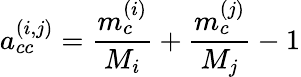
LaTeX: a_{cc}^{(i,j)}=\frac{m_{c}^{(i)}}{M_{i}}+\frac{m_{c}^{(j)}}{M_{j}}-1